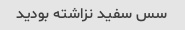
سس سفید نزاشته بودید